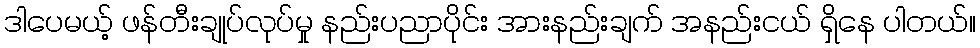
ဒါပေမယ့် ဖန်တီးချုပ်လုပ်မှု နည်းပညာပိုင်း အားနည်းချက် အနည်းငယ် ရှိနေ ပါတယ်။